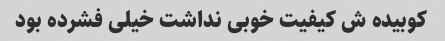
کوبیده ش کیفیت خوبی نداشت خیلی فشرده بود